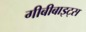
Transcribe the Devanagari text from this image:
गीबीबाइट्स